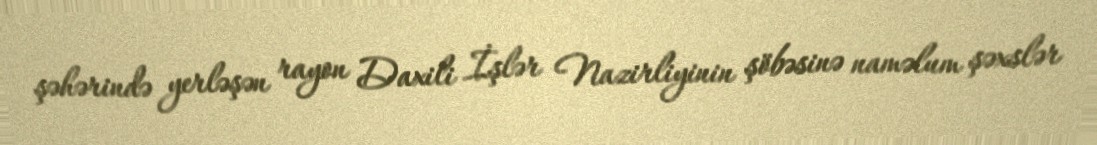
şəhərində yerləşən rayon Daxili İşlər Nazirliyinin şöbəsinə naməlum şəxslər